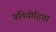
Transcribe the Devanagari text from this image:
प्रतियोहिता